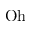
\mathrm { O h }